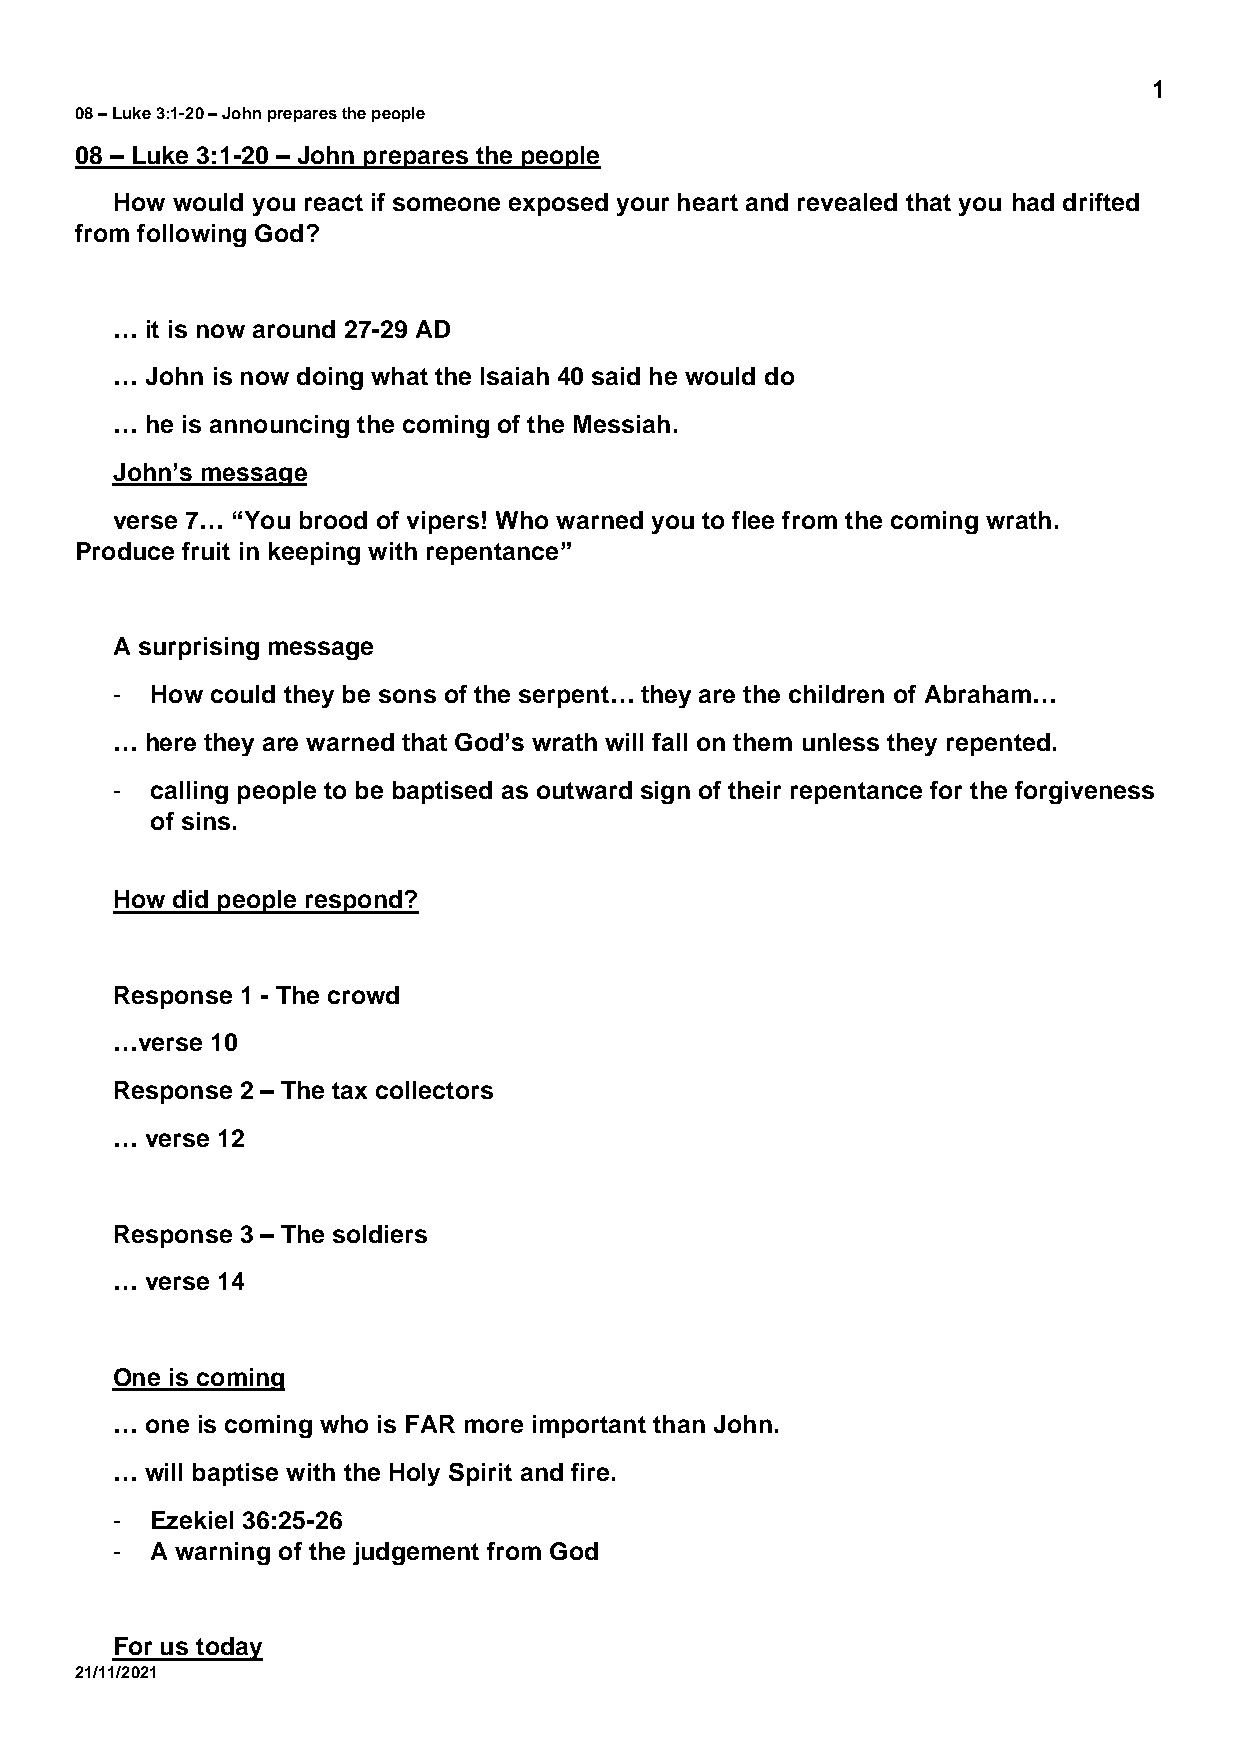
1
 08 – Luke 3:1-20 – John prepares the people
 08 – Luke 3:1-20 – John prepares the people
 How would you react if someone exposed your heart and revealed that you had drifted
 from following God?
 …  it is now around 27-29 AD
 …  John is now doing what the Isaiah 40 said he would do
 …  he is announcing the coming of the Messiah.
 John’s message
 verse 7… “You brood of vipers! Who warned you to flee from the coming wrath.
 Produce fruit in keeping with repentance”
 A surprising message
 -  How could they be sons of the serpent… they are the children of Abraham…
 …  here they are warned that God’s wrath will fall on them unless they repented.
 -  calling people to be baptised as outward sign of their repentance for the forgiveness
 of sins.
 How did people respond?
 Response 1 - The crowd
 …verse 10
 Response 2 – The tax collectors
 …  verse 12
 Response 3 – The soldiers
 …  verse 14
 One is coming
 …  one is coming who is FAR more important than John.
 …  will baptise with the Holy Spirit and fire.
 -  Ezekiel 36:25-26
 -  A warning of the judgement from God
 For us today
 21/11/2021